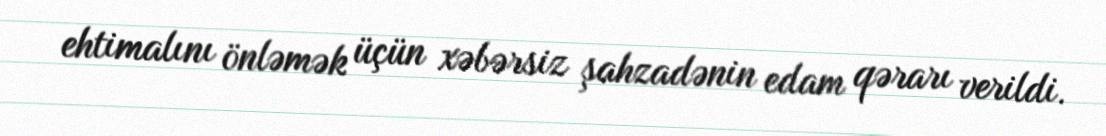
ehtimalını önləmək üçün xəbərsiz şahzadənin edam qərarı verildi.